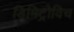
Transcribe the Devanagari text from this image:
डिमिट्रोविच